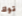
توك